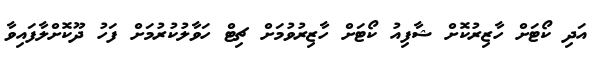
އަދި ކޯޓަށް ހާޒިރުކޮށް ޝާފިއު ކޯޓަށް ހާޒިރުވުމަށް ޗިޓް ހަވާލުކުރުމަށް ފަހު ދޫކޮށްލާފައިވާ